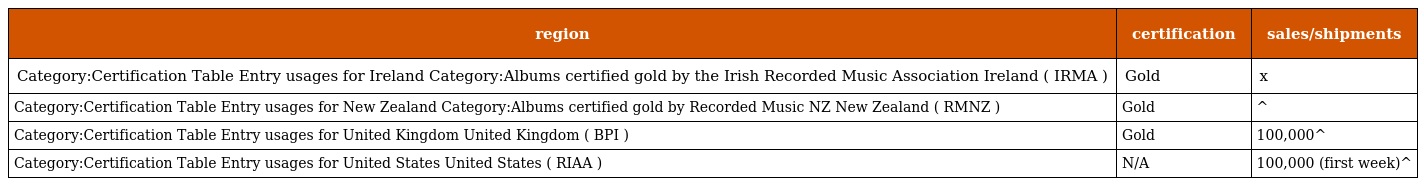
| region | certification | sales/shipments |
 | --- | --- | --- |
 | Category:Certification Table Entry usages for Ireland Category:Albums certified gold by the Irish Recorded Music Association Ireland ( IRMA ) | Gold | x |
 | Category:Certification Table Entry usages for New Zealand Category:Albums certified gold by Recorded Music NZ New Zealand ( RMNZ ) | Gold | ^ |
 | Category:Certification Table Entry usages for United Kingdom United Kingdom ( BPI ) | Gold | 100,000^ |
 | Category:Certification Table Entry usages for United States United States ( RIAA ) | N/A | 100,000 (first week)^ |